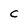
Character: c